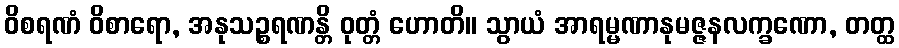
ဝိစရဏံ ဝိစာရော, အနုသဉ္စရဏန္တိ ဝုတ္တံ ဟောတိ။ သွာယံ အာရမ္မဏာနုမဇ္ဇနလက္ခဏော, တတ္ထ